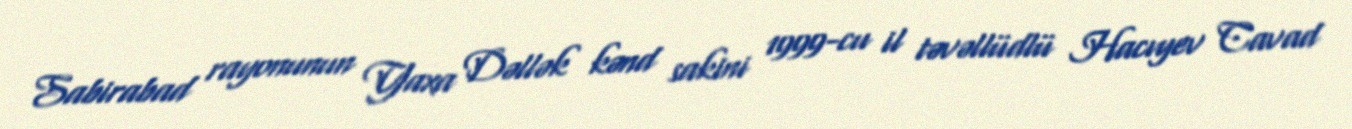
Sabirabad rayonunun Yaxa Dəllək kənd sakini 1999-cu il təvəllüdlü Hacıyev Cavad